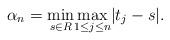
LaTeX: \begin{align*} \alpha_n = \underset{s \in R}\min\underset{1\leq j\leq n}\max|t_j - s|.\end{align*}